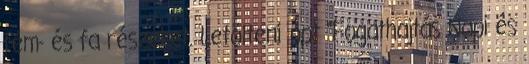
fém- és fa részeket. Letölteni ppt "Fogathajtás Napi és